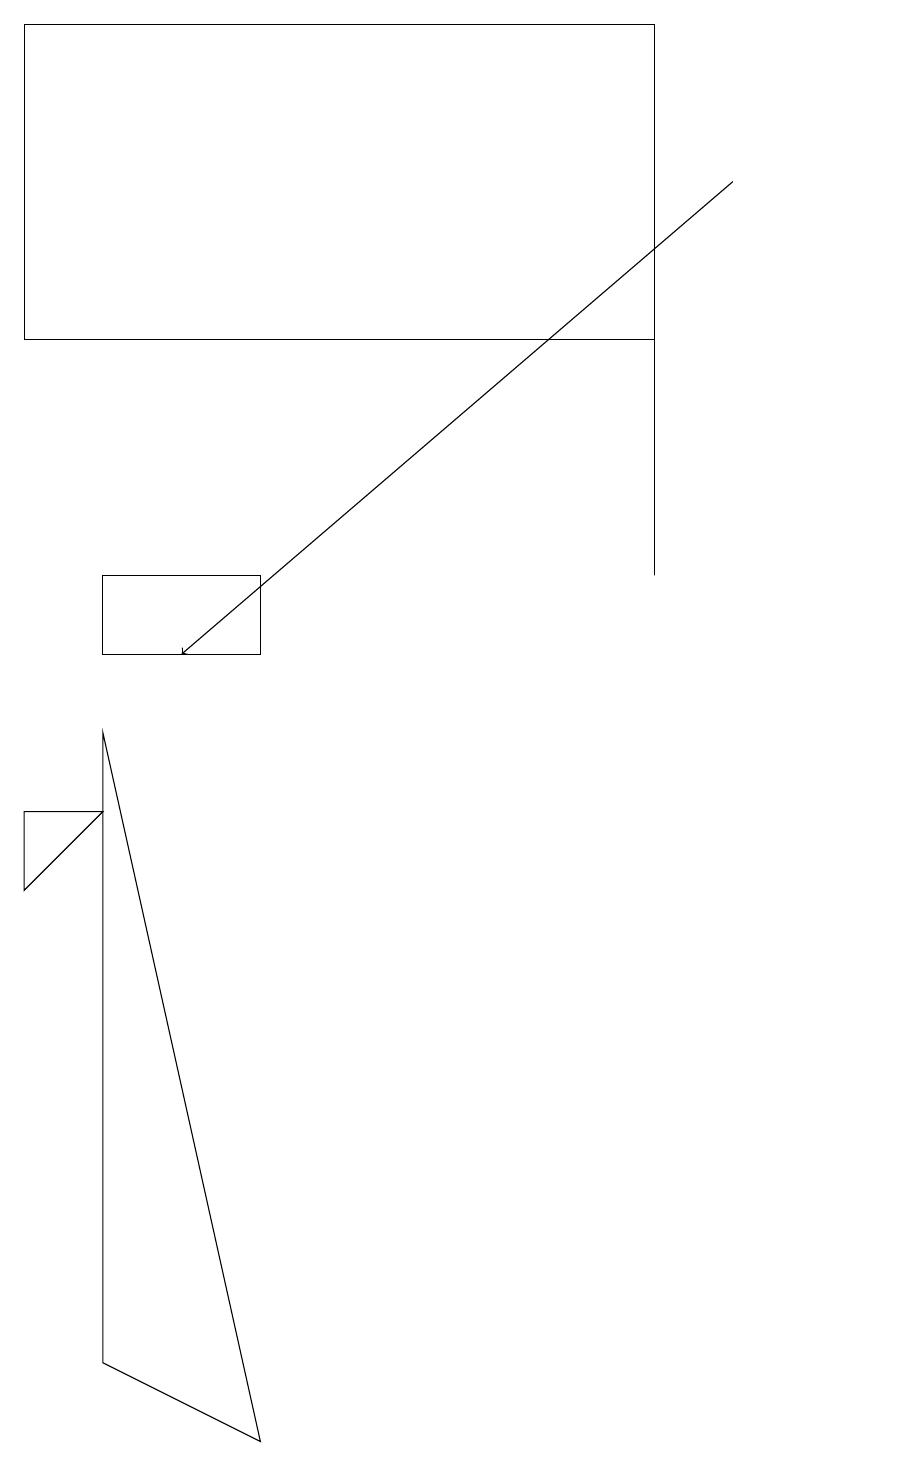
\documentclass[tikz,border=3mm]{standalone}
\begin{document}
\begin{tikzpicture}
\draw (1,10) rectangle (3,11);
\draw (1,9) -- (1,1) -- (3,0) -- cycle;
\draw[->] (9,16) -- (2,10);
\draw (11,11) circle (0);
\draw (0,8) -- (1,8) -- (0,7) -- cycle;
\draw (0,18) rectangle (8,14);
\draw (8,18) rectangle (8,11);
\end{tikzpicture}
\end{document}